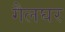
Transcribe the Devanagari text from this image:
गैलघर